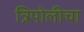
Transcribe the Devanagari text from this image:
त्रिपोलीचा